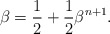
\begin{align*}\beta=\frac12+\frac12\beta^{n+1}.\end{align*}